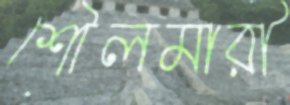
শৌলমারী